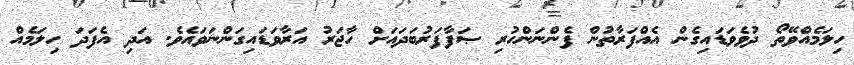
ހިލަމެއްވޭތޯ ދުވެވަޑައިގެން އެއްފަރާތުން ފެންނަންހުރި ޞަފާފަރުބަދައަށް ހާޖަރު އަރާވަޑައިގަންނަވައެވެ. އަދި އެފަދަ ހިލަމެއް